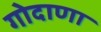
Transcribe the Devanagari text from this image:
गोदाणा